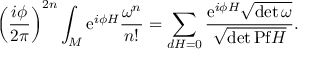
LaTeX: \left( \frac { i \phi } { { 2 \pi } } \right) ^ { 2 n } \int _ { M } \mathrm { e } ^ { i \phi H } \frac { \omega ^ { n } } { n ! } = \sum _ { d H = 0 } \frac { \mathrm { e } ^ { i \phi H } { { \sqrt { \operatorname * { d e t } \omega } } } } { \sqrt { \operatorname * { d e t } \mathrm { P f } H } } .